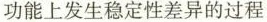
功能上发生稳定性差异的过程